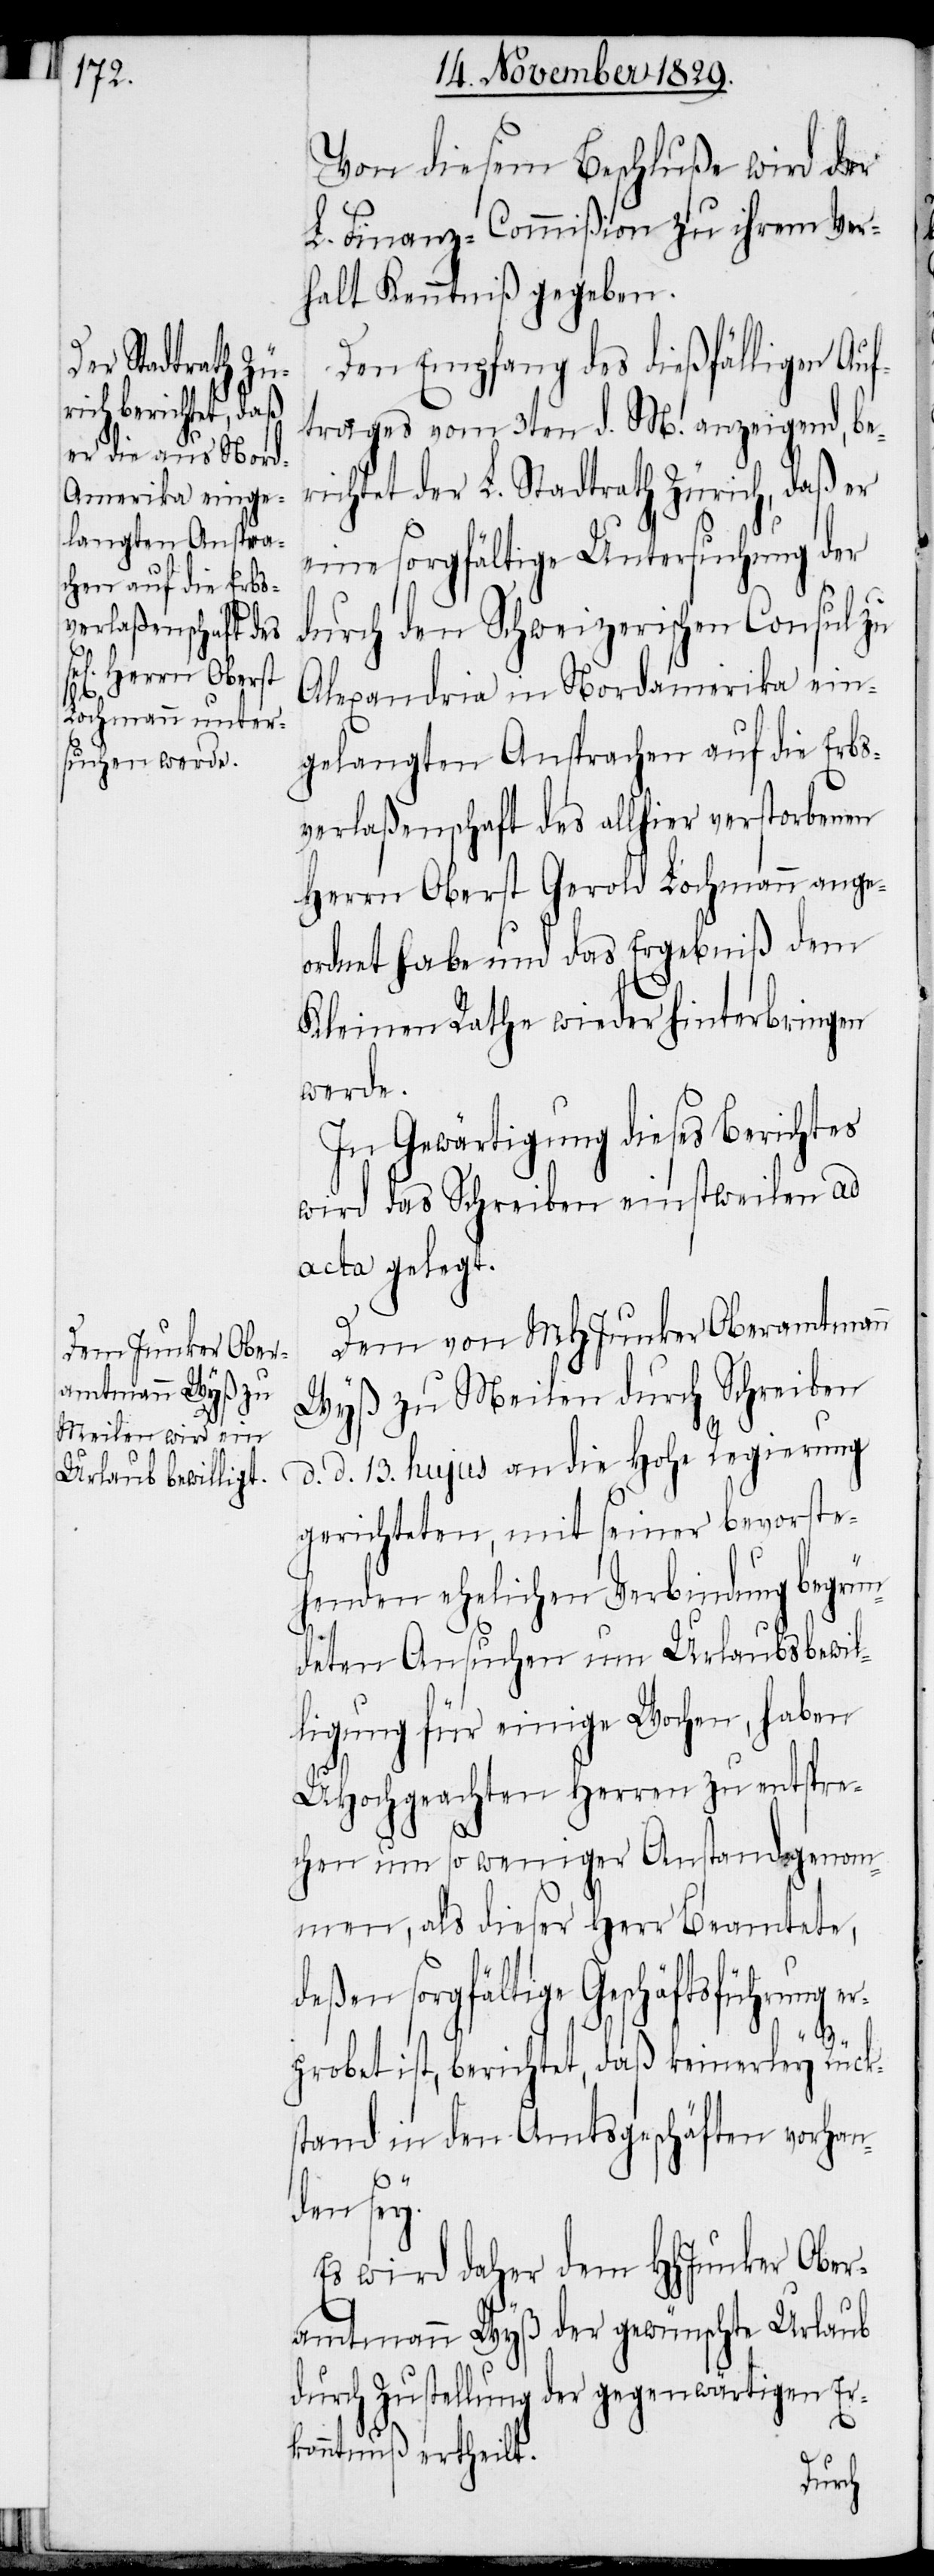
Von diesem Beschluße wird der
L. Finanz-Commißion zu ihrem Ver¬
halt Kenntniß gegeben.
Den Empfang des dießfälligen Auf¬
trages vom 3ten d. M. anzeigend, be¬
richtet der L. Stadtrath Zürich, daß er
eine sorgfältige Untersuchung der
durch den Schweizerischen Consul zu
Alexandria in Nordamerika ein¬
gelangten Ansprachen auf die Erbs¬
verlaßenschaft des allhier verstorbenen
Herrn Oberst Gerold Lochmann ange¬
ordnet habe und das Ergebniß dem
Kleinen Rathe wieder hinterbringen
werde.
In Gewärtigung dieses Berichtes
wird das Schreiben einstweilen ad
acta gelegt.
Dem von MHJunker Oberamtmann
Wyß zu Meilen durch Schreiben
d. d. 13. hujus an die Hohe Regierung
gerichteten, mit seiner bevorste¬
henden ehelichen Verbindung begrün¬
deten Ansuchen um Urlaubsbewil¬
ligung für einige Wochen, haben
UHochgeachten Herren zu entspre¬
chen um so weniger Anstand genom¬
men, als dieser Herr Beamtete,
deßen sorgfältige Geschäftsführung e¬
rprobet ist, berichtet, daß keinerley Rück¬
stand in den Amtsgeschäften vorhan¬
den sey.
Es wird daher dem HHJunker Ober¬
amtmann Wyß der gewünschte Urlaub
durch Zustellung der gegenwärtigen Er¬
kanntnuß ertheilt.